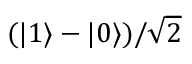
( | 1 \rangle - | 0 \rangle ) / { \sqrt { 2 } }